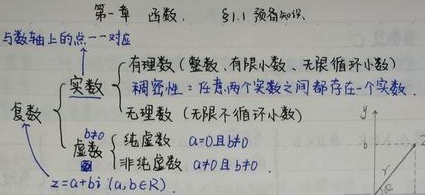
第一章 函数. §1.1 预备知识
与数轴上的点一一对应
\[
复数\begin{cases}
实数\begin{cases}
有理数（整数、有限小数、无限循环小数）\\
稠密性：任意两个实数之间都存在一个实数\\
无理数（无限不循环小数）
\end{cases}\\
虚数\begin{cases}
纯虚数\ a = 0且b\neq0\\
非纯虚数\ a\neq0且b\neq0
\end{cases}
\end{cases}
\]
\(z = a + bi\ (a,b\in R)\)